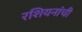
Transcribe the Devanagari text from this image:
रशियनांची